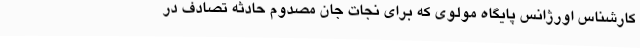
کارشناس اورژانس پایگاه مولوی که برای نجات جان مصدوم حادثهٔ تصادف در